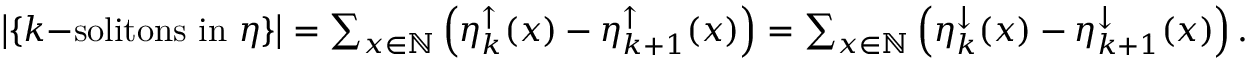
\begin{array} { r } { \left| \left\{ k \mathrm { - s o l i t o n s ~ i n ~ } \eta \right\} \right| = \sum _ { x \in { \mathbb { N } } } \left( \eta _ { k } ^ { \uparrow } ( x ) - \eta _ { k + 1 } ^ { \uparrow } ( x ) \right) = \sum _ { x \in { \mathbb { N } } } \left( \eta _ { k } ^ { \downarrow } ( x ) - \eta _ { k + 1 } ^ { \downarrow } ( x ) \right) . } \end{array}